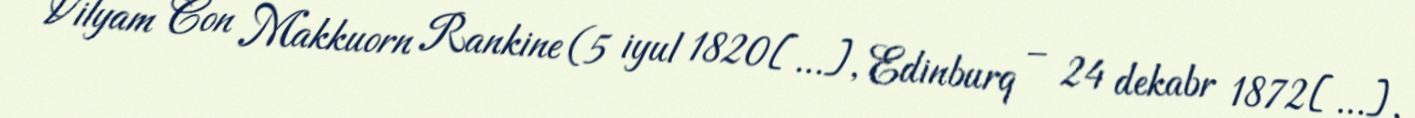
Vilyam Con Makkuorn Rankine (5 iyul 1820[…], Edinburq – 24 dekabr 1872[…],